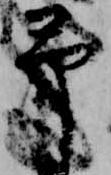
予